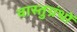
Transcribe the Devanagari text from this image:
वास्तुग्रंथों